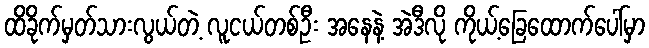
ထိခိုက်မှတ်သားလွယ်တဲ့ လူငယ်တစ်ဦး အနေနဲ့ အဲဒီလို ကိုယ့်ခြေထောက်ပေါ်မှာ